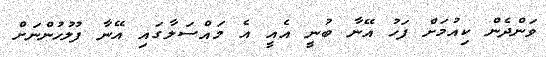
ވަންދެން ކިއުމަށް ފަހު އޭނާ ބުނީ އެއީ އެ މައްސަލާގައި އޭނާ ފުލުހުންނަށް